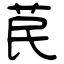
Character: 苠